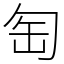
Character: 匋